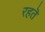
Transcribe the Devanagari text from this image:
रहतॆ